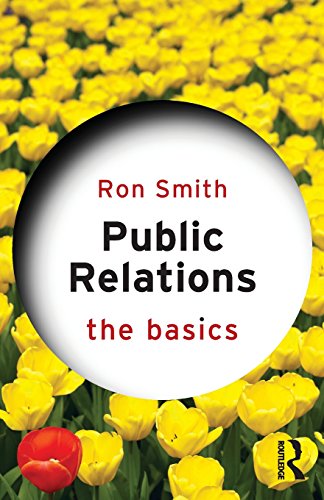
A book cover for Public Relations: The Basics; Ron Smith; Business & Money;